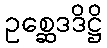
ဥစ္ဆေဒဒိဋ္ဌိ